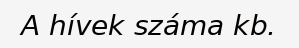
A hívek száma kb.